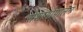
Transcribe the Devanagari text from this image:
सेशागोपालन